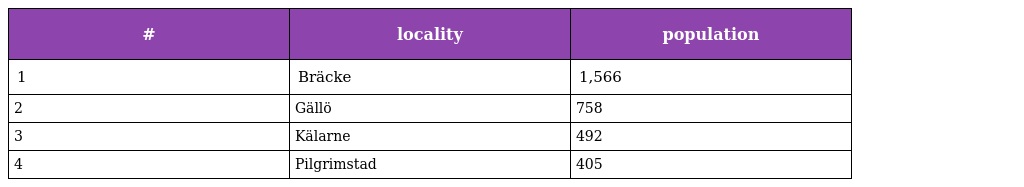
| # | locality | population |
 | --- | --- | --- |
 | 1 | Bräcke | 1,566 |
 | 2 | Gällö | 758 |
 | 3 | Kälarne | 492 |
 | 4 | Pilgrimstad | 405 |